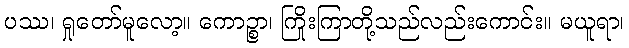
ပဿ၊ ရှုတော်မူလော့။ ကောဉ္စာ၊ ကြိုးကြာတို့သည်လည်းကောင်း။ မယူရာ၊